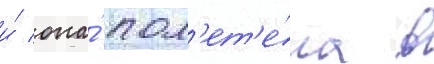
и́ она́ пол'ет'е́ла в